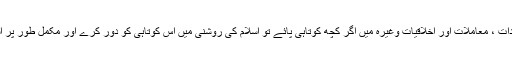
ہر ایک کو چاہیے کہ اسلامی تعلیمات سیکھے اور اپنے عقائد، عبادات ، معاملات اور اخلاقیات وغیرہ میں اگر کچھ کوتاہی پائے تو اسلام کی روشنی میں اس کوتاہی کو دور کرے اور مکمل طور پر اسلامی ضابطۂ حیات کے مطابق زندگی گزارنے میں کوشاں رہے۔